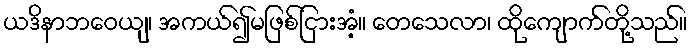
ယဒိနာဘဝေယျ၊ အကယ်၍မဖြစ်ငြားအံ့။ တေသေလာ၊ ထိုကျောက်တို့သည်။